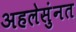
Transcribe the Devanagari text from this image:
अहलेसुंनत